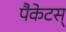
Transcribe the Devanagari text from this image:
पैकेटस्